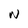
Character: W